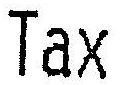
TAX